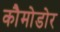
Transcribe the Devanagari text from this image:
कौमोडोर